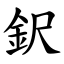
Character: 鈬